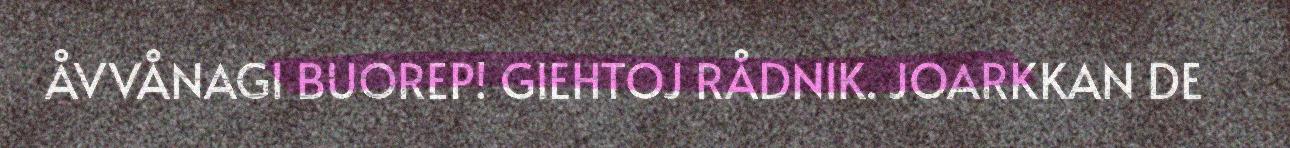
ÅVVÅNAGI BUOREP! GIEHTOJ RÅDNIK. JOARKKAN DE